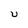
Character: U